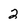
Character: 2